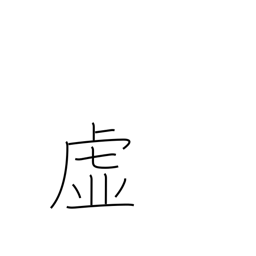
Meaning: void